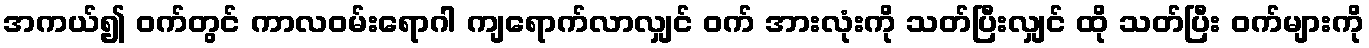
အကယ်၍ ဝက်တွင် ကာလဝမ်းရောဂါ ကျရောက်လာလျှင် ဝက် အားလုံးကို သတ်ပြီးလျှင် ထို သတ်ပြီး ဝက်များကို